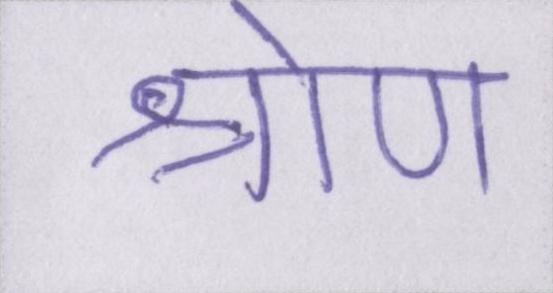
श्रोण